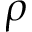
\rho